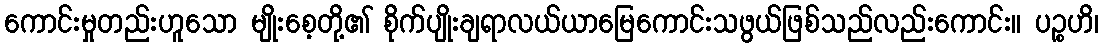
ကောင်းမှုတည်းဟူသော မျိုးစေ့တို့၏ စိုက်ပျိုးချရာလယ်ယာမြေကောင်းသဖွယ်ဖြစ်သည်လည်းကောင်း။ ပဉ္စဟိ၊